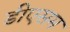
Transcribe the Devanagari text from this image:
डीएसम